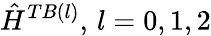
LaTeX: \hat{H}^{TB(l)},\, l=0,1,2